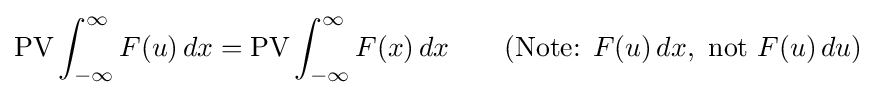
\operatorname {PV} \int _{-\infty }^{\infty }F(u)\,dx=\operatorname {PV} \int _{-\infty }^{\infty }F(x)\,dx\qquad ({\text{Note: }}F(u)\,dx,{\text{ not }}F(u)\,du)